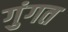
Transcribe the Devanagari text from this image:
गुंगत